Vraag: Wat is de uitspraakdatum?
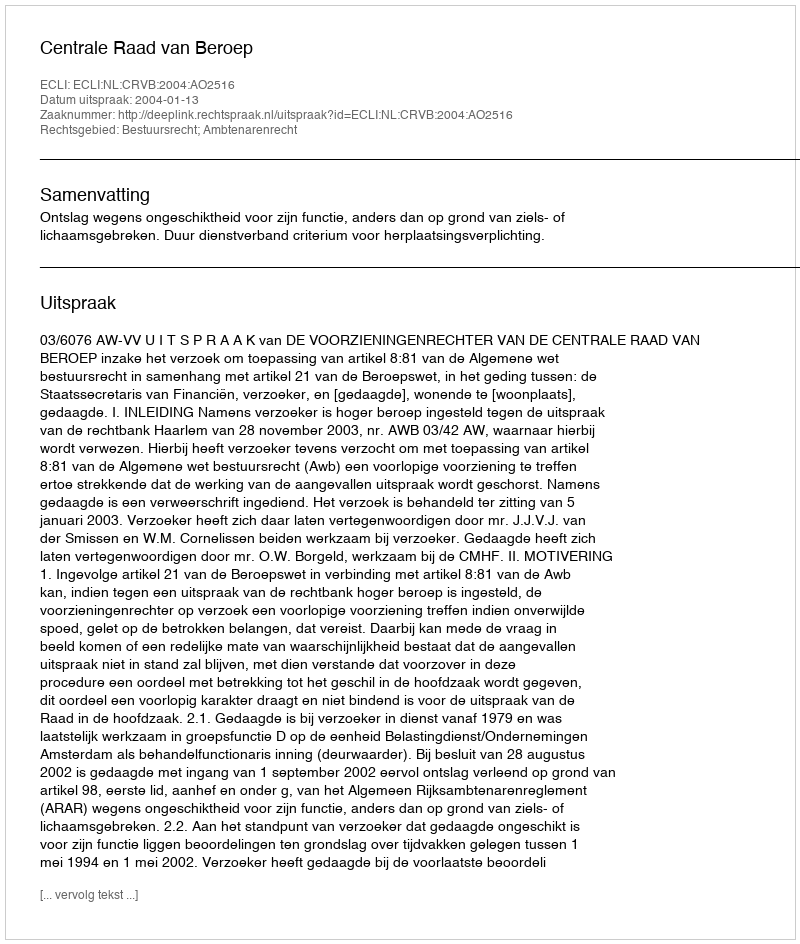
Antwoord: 2004-01-13